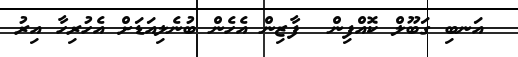
އަނބި ގަބޫލް ކޮއްފިން  ފާޒިން އެހެން ބުނެލިއަޑަށް އެހުރިހާ އިރު